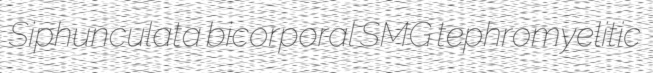
Siphunculata bicorporal SMG tephromyelitic